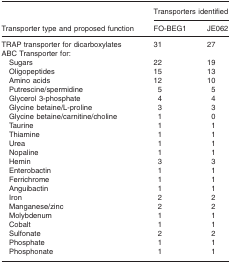
|  | <COLSPAN=2> Transporters identified |
 | Transporter type and proposed function | FO-BEG1 | JE062 |
 | --- | --- | --- |
 | TRAP transporter for dicarboxylates | 31 | 27 |
 | ABC Transporter for: |  |  |
 | Sugars | 22 | 19 |
 | Oligopeptides | 15 | 13 |
 | Amino acids | 12 | 10 |
 | Putrescine/spermidine | 5 | 5 |
 | Glycerol 3-phosphate | 4 | 4 |
 | Glycine betaine/L-proline | 3 | 3 |
 | Glycine betaine/carnitine/choline | 1 | 0 |
 | Taurine | 1 | 1 |
 | Thiamine | 1 | 1 |
 | Urea | 1 | 1 |
 | Nopaline | 1 | 1 |
 | Hemin | 3 | 3 |
 | Enterobactin | 1 | 1 |
 | Ferrichrome | 1 | 1 |
 | Anguibactin | 1 | 1 |
 | Iron | 2 | 2 |
 | Manganese/zinc | 2 | 2 |
 | Molybdenum | 1 | 1 |
 | Cobalt | 1 | 1 |
 | Sulfonate | 2 | 2 |
 | Phosphate | 1 | 1 |
 | Phosphonate | 1 | 1 |